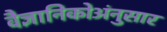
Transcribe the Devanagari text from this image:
वैज्ञानिकोअंनुसार